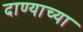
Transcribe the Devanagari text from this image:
दाण्याच्या